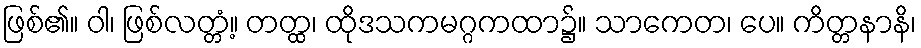
ဖြစ်၏။ ဝါ၊ ဖြစ်လတ္တံ့။ တတ္ထ၊ ထိုဒသကမဂ္ဂကထာ၌။ သာကေတ၊ ပေ။ ကိတ္တနာနိ၊